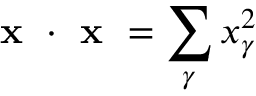
\textbf { x } \cdot \textbf { x } = \sum _ { \gamma } x _ { \gamma } ^ { 2 }